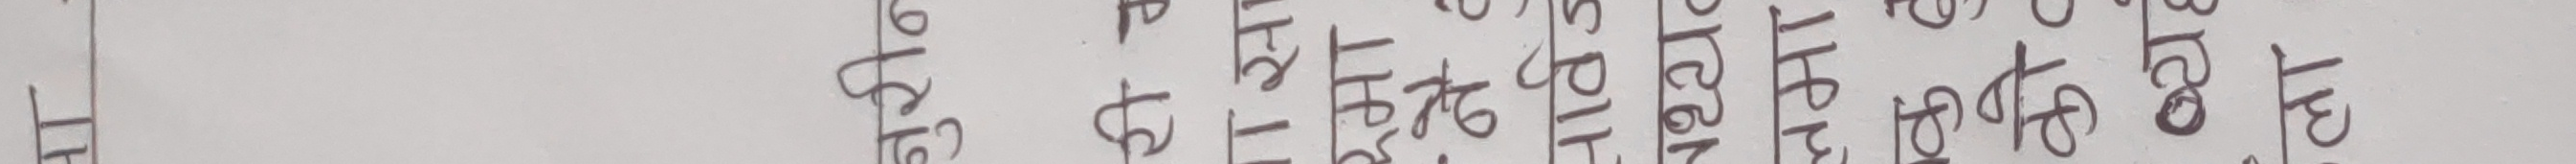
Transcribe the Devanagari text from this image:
श्री हरिकी